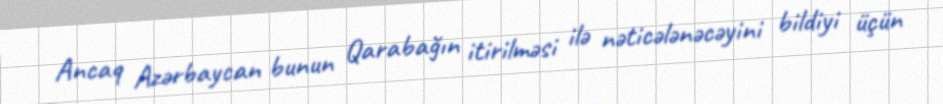
Ancaq Azərbaycan bunun Qarabağın itirilməsi ilə nəticələnəcəyini bildiyi üçün